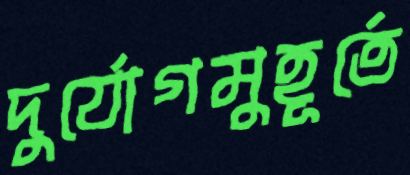
দুর্যোগমুহূর্তে